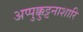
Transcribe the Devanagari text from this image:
अप्पुक्कुट्टनाशारि